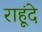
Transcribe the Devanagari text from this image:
राहूंदे